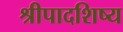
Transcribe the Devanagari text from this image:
श्रीपादशिष्य